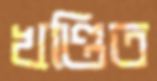
খণ্ডিত